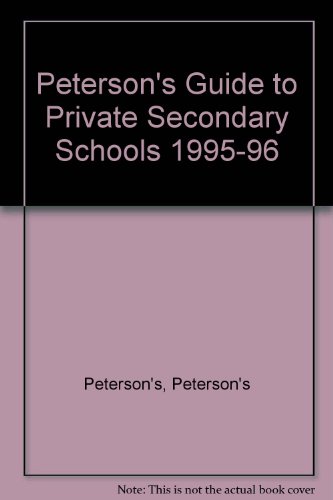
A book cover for Private Secondary Schools 1995-1996 (Peterson's Private Secondary Schools); Peterson's; Test Preparation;